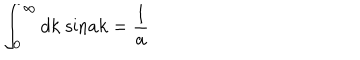
\int _ { 0 } ^ { \infty } d k \; \mathrm { s i n } a k = \frac { 1 } { a }